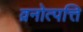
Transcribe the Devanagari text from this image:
व्रनोत्पत्ति